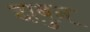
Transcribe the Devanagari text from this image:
दाबुन